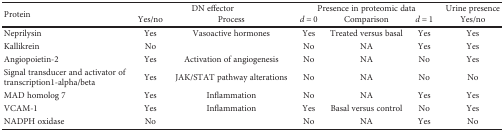
<table><thead><tr><td rowspan="2"><b>Protein</b></td><td colspan="2"><b>DN effector</b></td><td colspan="3"><b>Presence in proteomic data</b></td><td><b>Urine presence</b></td></tr><tr><td><b>Yes/no</b></td><td><b>Process</b></td><td><b><i>d</i> = 0</b></td><td><b>Comparison</b></td><td><b><i>d</i> = 1</b></td><td><b>Yes/no</b></td></tr></thead><tbody><tr><td>Neprilysin</td><td>Yes</td><td>Vasoactive hormones</td><td>Yes</td><td>Treated versus basal</td><td>Yes</td><td>Yes</td></tr><tr><td>Kallikrein</td><td>No</td><td></td><td>No</td><td>NA</td><td>Yes</td><td>Yes</td></tr><tr><td>Angiopoietin-2</td><td>Yes</td><td>Activation of angiogenesis</td><td>No</td><td>NA</td><td>No</td><td>Yes</td></tr><tr><td>Signal transducer and activator of transcription1-alpha/beta</td><td>Yes</td><td>JAK/STAT pathway alterations</td><td>No</td><td>NA</td><td>No</td><td>No</td></tr><tr><td>MAD homolog 7</td><td>Yes</td><td>Inflammation</td><td>No</td><td>NA</td><td>Yes</td><td>Yes</td></tr><tr><td>VCAM-1</td><td>Yes</td><td>Inflammation</td><td>Yes</td><td>Basal versus control</td><td>No</td><td>Yes</td></tr><tr><td>NADPH oxidase</td><td>No</td><td></td><td>No</td><td>NA</td><td>Yes</td><td>No</td></tr></tbody></table>